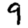
Digit: 9